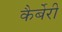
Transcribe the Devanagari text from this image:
कैर्बेरी